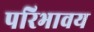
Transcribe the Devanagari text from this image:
परिभावय